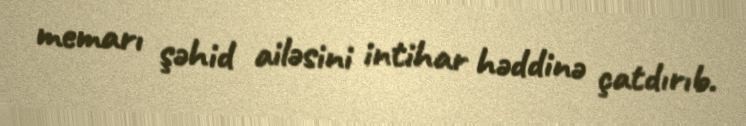
memarı şəhid ailəsini intihar həddinə çatdırıb.